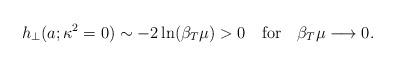
LaTeX: \begin{align*}h_{\perp}(a;\kappa^2=0) \sim - 2 \ln(\beta_T\mu)>0 \quad \mbox{for} \quad\beta_T\mu\longrightarrow 0.\end{align*}